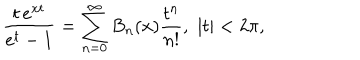
\frac { t \, e ^ { x t } } { e ^ { t } - 1 } = \sum _ { n = 0 } ^ { \infty } B _ { n } ( x ) \frac { t ^ { n } } { n ! } , \, \, | t | < 2 \pi ,